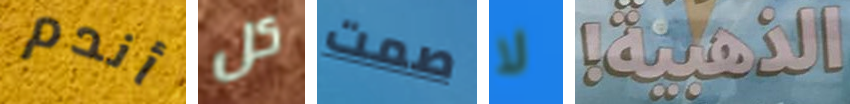
أندم كل صمت لا الذهبية!